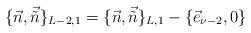
LaTeX: \begin{align*}\{\vec{n},\vec{\tilde n}\}_{L-2,1}=\{\vec{n},\vec{\tilde n}\}_{L,1}-\{\vec{e}_{\nu-2},0\}\end{align*}